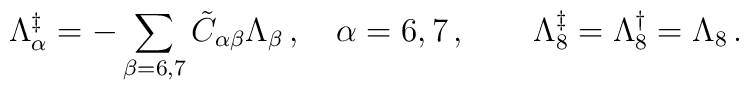
\Lambda_\alpha ^{\ddagger} = - \sum_{\beta = 6,7} \tilde{C}_{\alpha \beta}\Lambda_\beta \,,\quad \alpha = 6,7 \,, \quad \quad\Lambda_8^{\ddagger} = \Lambda_8^{\dagger} = \Lambda_8 \,.